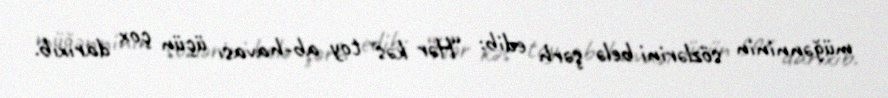
müğənninin sözlərini belə şərh edib: “Hər kəs toy ab-havası üçün çox darıxıb.